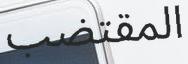
المقتضب